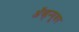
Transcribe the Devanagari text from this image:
ॲव्हन्यूवर